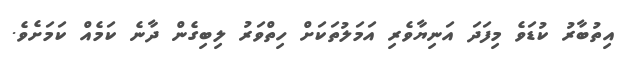
އިތުބާރު ކުޑަވެ މިފަދަ އަނިޔާވެރި އަމަލުތަކަށް ހިތްވަރު ލިބިގެން ދާނެ ކަމެއް ކަމަށެވެ.